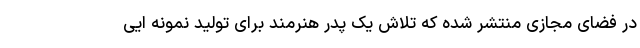
در فضای مجازی منتشر شده که تلاش یک پدر هنرمند برای تولید نمونه ایی